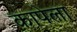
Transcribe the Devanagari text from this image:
कापेला